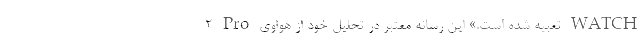
2 Pro تعبیه شده است.» این رسانه معتبر در تحلیل خود از هواوی WATCH